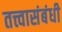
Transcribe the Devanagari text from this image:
तत्त्वासंबंधी